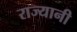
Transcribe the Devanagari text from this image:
राज्यानी